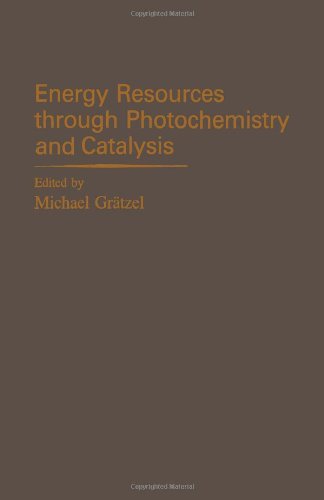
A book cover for Energy Resources Through Photochemistry and Catalysis; Science & Math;